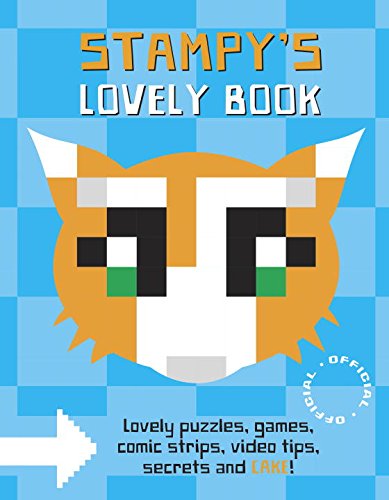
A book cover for Stampy's Lovely Book; Joseph Garrett; Children's Books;